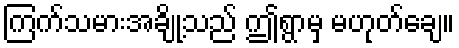
ကြက်သမားအချို့သည် ဤရွာမှ မဟုတ်ချေ။